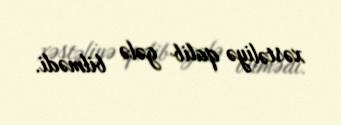
xəstəliyə qalib gələ bilmədi.